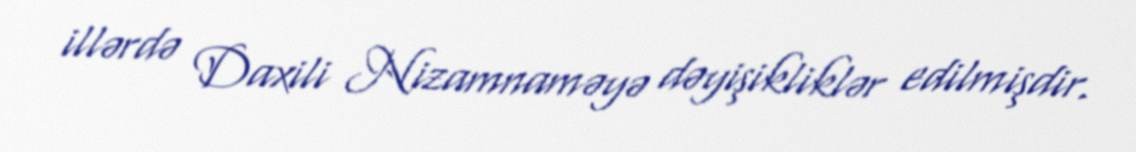
illərdə Daxili Nizamnaməyə dəyişikliklər edilmişdir.